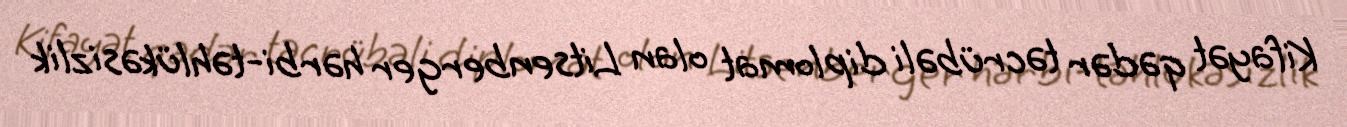
Kifayət qədər təcrübəli diplomat olan Litsenberger hərbi-təhlükəsizlik